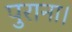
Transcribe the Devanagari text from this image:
पुराना।